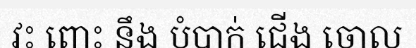
វះ ពោះ នឹង បំបាក់ ជើង ចោល